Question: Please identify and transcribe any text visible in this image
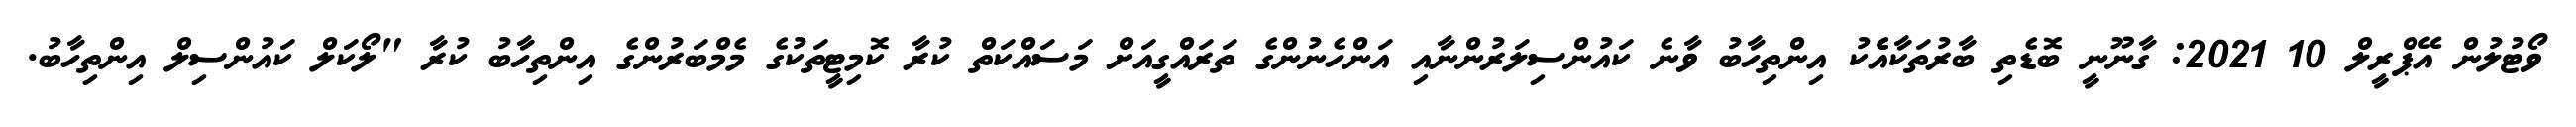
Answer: ވޯޓުލުން އޭޕްރީލް 10 2021: ގާނޫނީ ބޮޑެތި ބާރުތަކާއެެކު އިންތިހާބު ވާނެ ކައުންސިލަރުންނާއި އަންހެނުންގެ ތަރައްގީއަށް މަސައްކަތް ކުރާ ކޮމިޓީތަކުގެ މެމްބަރުންގެ އިންތިހާބު ކުރާ "ލޯކަލް ކައުންސިލް އިންތިހާބު.